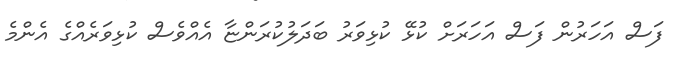
ފަސް އަހަރުން ފަސް އަހަރަށް ކުޅޭ ކުޅިވަރު ބަދަލުކުރަންޏާ އެއްވެސް ކުޅިވަރެއްގެ އެންމެ